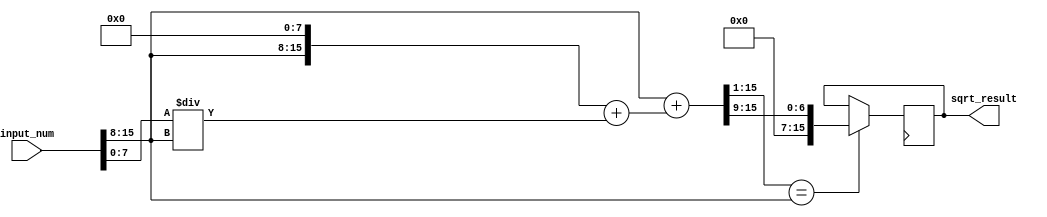
module sqrt_fixed_point(
    input [15:0] input_num,
    output reg [15:0] sqrt_result
);

reg [7:0] integer_part;
reg [7:0] fractional_part;
reg [15:0] estimate;
reg [15:0] next_estimate;

always @ (posedge clk) begin
    integer_part = input_num[15:8];
    fractional_part = input_num[7:0];
    
    // Initial estimate set to half of the input number
    estimate = {8'b0, input_num[15:8]};
    
    // Iterative algorithm (Babylonian method) to calculate square root
    next_estimate = (estimate + ((integer_part << 8) + fractional_part/estimate)) >> 1;
    
    // Check for convergence
    
    if(next_estimate == estimate) begin
        sqrt_result = next_estimate[15:8];
    end else begin
        estimate <= next_estimate;
    end

end

endmodule